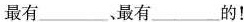
最有___最有___的！